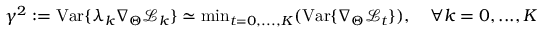
\gamma ^ { 2 } : = \mathrm { V a r } \{ \lambda _ { k } \nabla _ { \Theta } \mathcal { L } _ { k } \} \simeq \mathrm { m i n } _ { t = 0 , . . . , K } ( \mathrm { V a r } \{ \nabla _ { \Theta } \mathcal { L } _ { t } \} ) , \quad \forall k = 0 , . . . , K